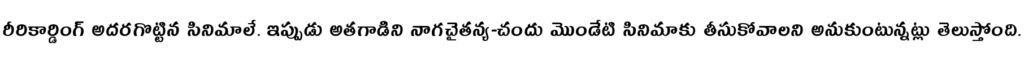
రీరికార్డింగ్ అదరగొట్టిన సినిమాలే. ఇప్పుడు అతగాడిని నాగచైతన్య-చందు మొండేటి సినిమాకు తీసుకోవాలని అనుకుంటున్నట్లు తెలుస్తోంది.